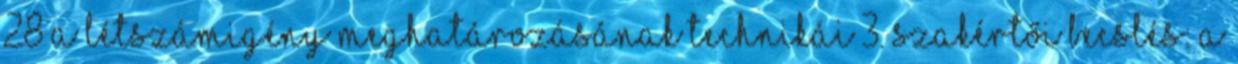
28 A létszámigény meghatározásának technikái 3. Szakértői becslés: a